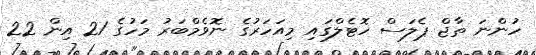
ހުންނަ ތާޖް ޕެލަސް ހޮޓެލްގައި މިއަހަރުގެ ނޮވެމްބަރު މަހުގެ 21 އިން 22